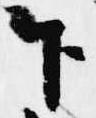
下